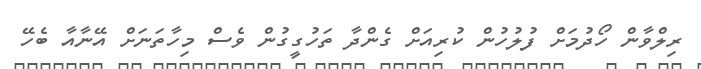
ރިލްވާން ހޯދުމަށް ފުލުހުން ކުރިއަށް ގެންދާ ތަހުގީގުން ވެސް މިހާތަނަށް އޭނާއާ ބެހޭ